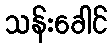
သန်းခေါင်